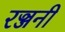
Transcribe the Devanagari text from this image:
रञ्जनी